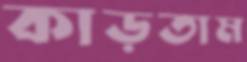
কাড়তাম